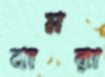
বামরা